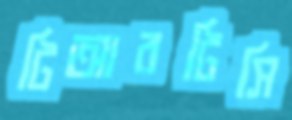
টিআরটিসি